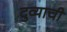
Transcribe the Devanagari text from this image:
दुव्याची